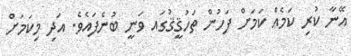
އޭނާ ކުރި ކަމެއް ކަމަށް ފަހުން ތަހުޤީޤުގައ ވަނީ ބުނެފައެވެ. އަދި މިކަމަށް